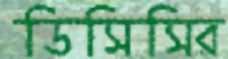
ডিসিসির